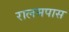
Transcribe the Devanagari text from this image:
रालमपास